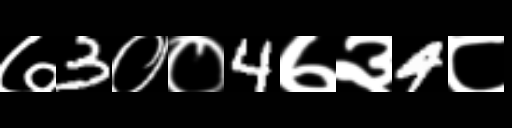
Text: ७3००4७३4८